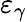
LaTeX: \varepsilon_{\gamma}